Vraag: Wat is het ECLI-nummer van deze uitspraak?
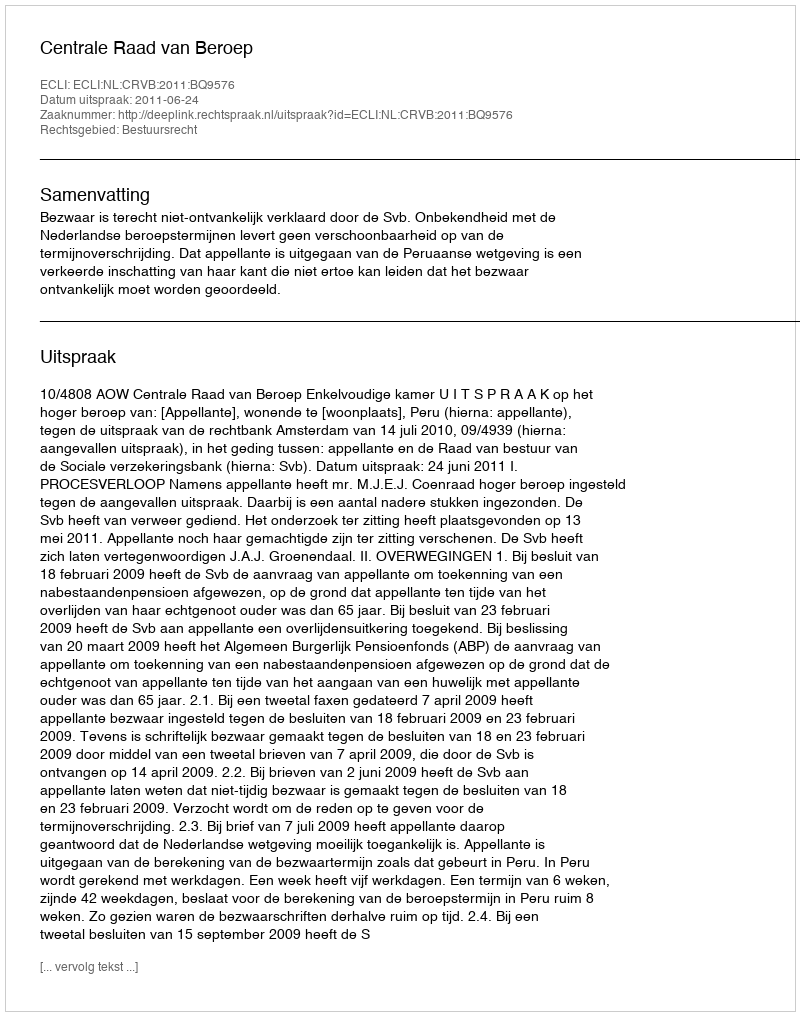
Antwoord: ECLI:NL:CRVB:2011:BQ9576